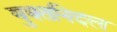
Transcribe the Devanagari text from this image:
युक्तनिदल